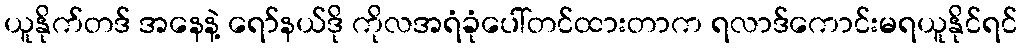
ယူနိုက်တဒ် အနေနဲ့ ရော်နယ်ဒို ကိုလအရံခုံပေါ်တင်ထားတာက ရလာဒ်ကောင်းမရယူနိုင်ရင်